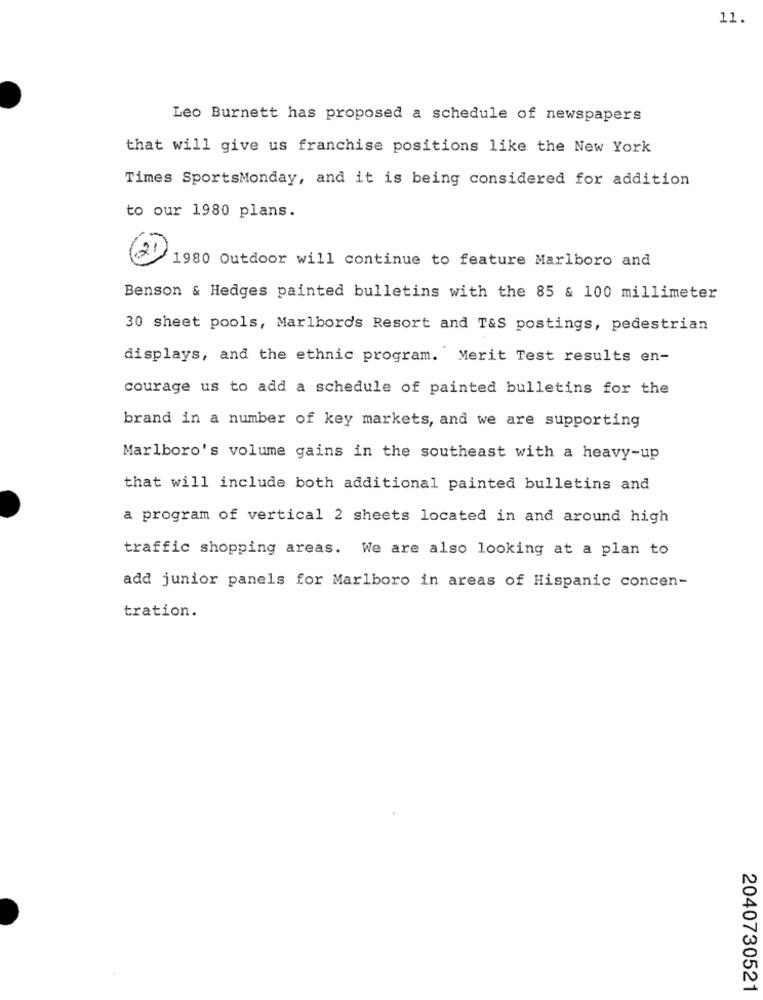
11.
Leo Burnett has proposed a schedule of newspapers
that will give us franchise positions like the New York
Times SportsMonday, and it is being considered for addition
to our 1980 plans.
(2)
1980 Outdoor will continue to feature Marlboro and
Benson & Hedges painted bulletins with the 85 & 100 millimeter
30 sheet pools, Marlbords Resort and T&S postings, pedestrian
displays, and the ethnic program. Merit Test results en-
courage us to add a schedule of painted bulletins for the
brand in a number of key markets, and we are supporting
Marlboro's volume gains in the southeast with a heavy-up
that will include both additional painted bulletins and
a program of vertical 2 sheets located in and around high
traffic shopping areas. We are also looking at a plan to
add junior panels for Marlboro in areas of Hispanic concen-
tration.
2040730521